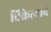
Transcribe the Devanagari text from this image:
विक्रेत्यांचे